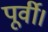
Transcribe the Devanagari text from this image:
पूर्वी।